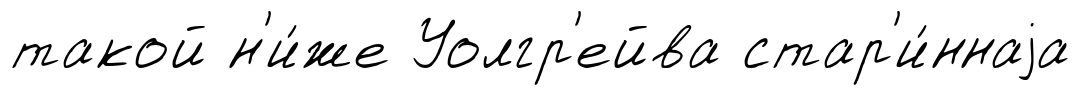
такой н'и́же Уолгр'ейва стар'и́ннаjа